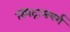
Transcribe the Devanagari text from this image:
स्पिट्रासबर्ग